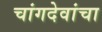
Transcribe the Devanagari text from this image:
चांगदेवांचा